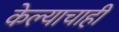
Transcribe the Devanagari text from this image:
केल्याचाही